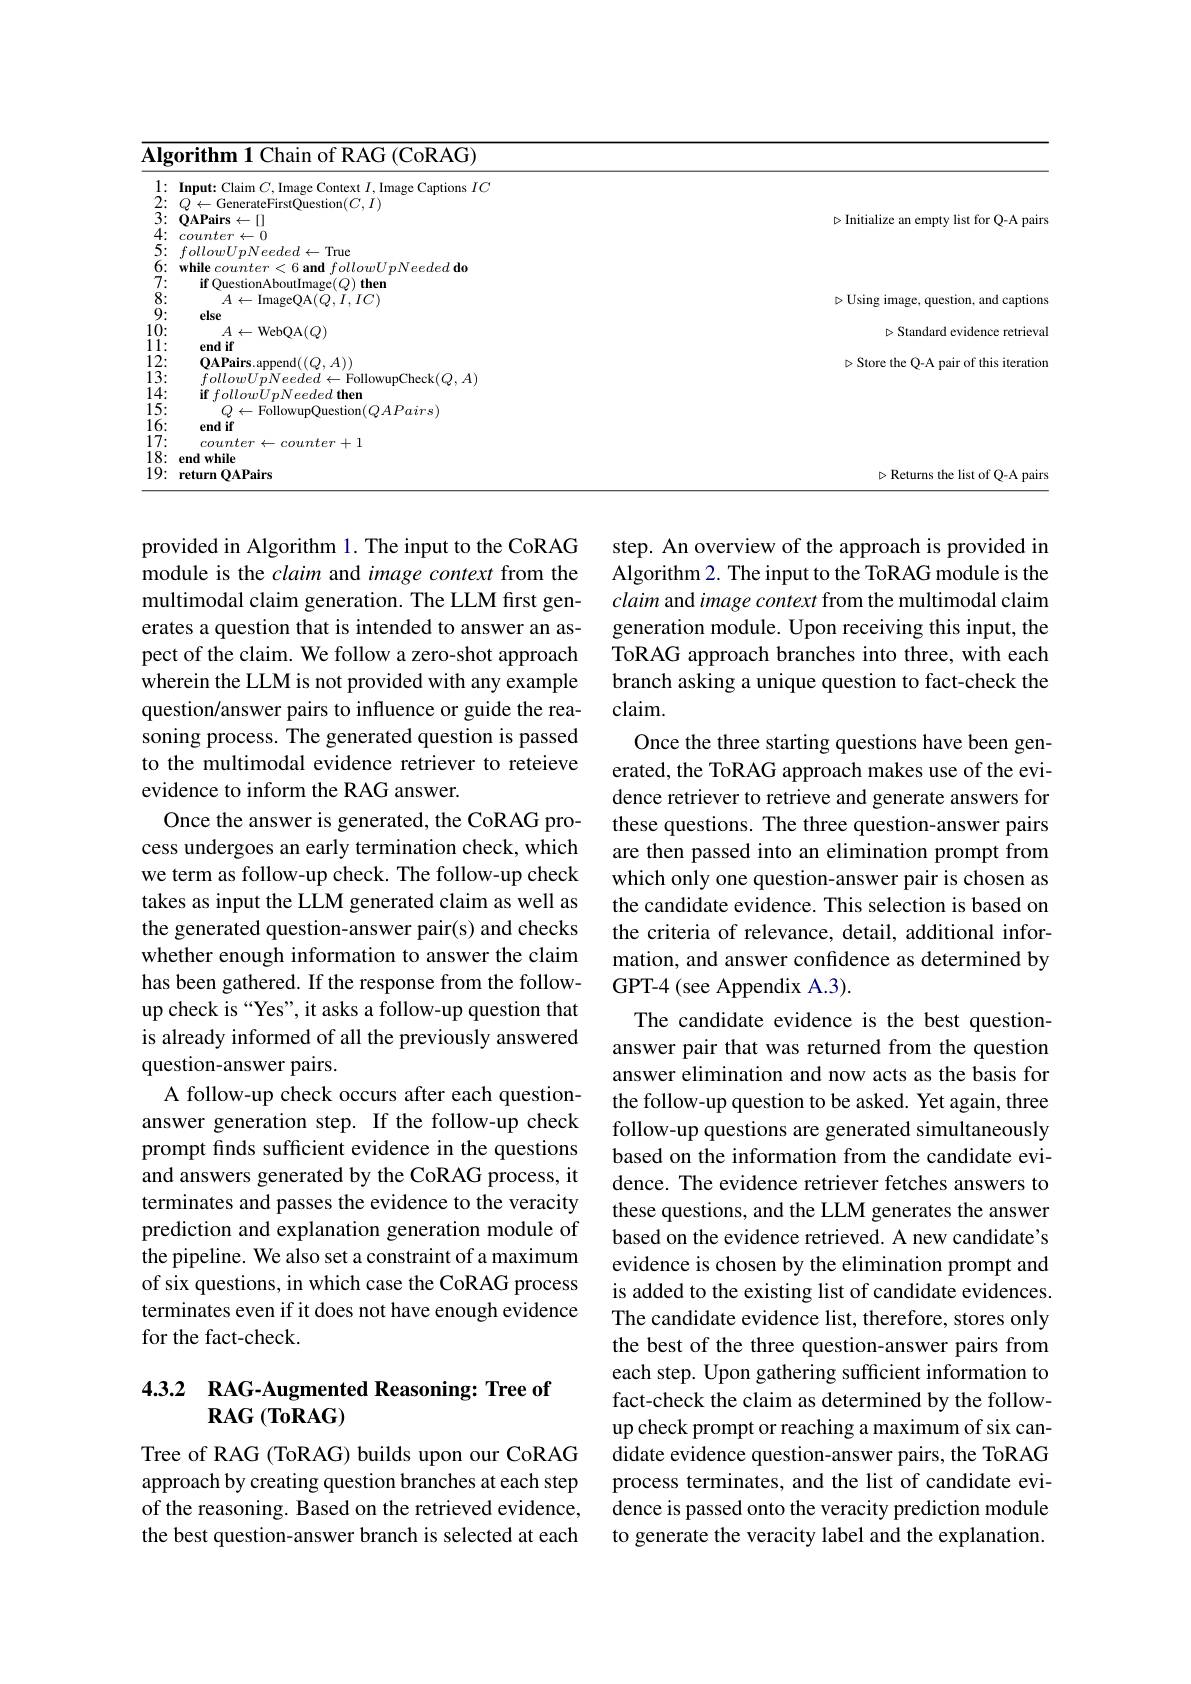
<table>
	<tbody>
		<tr>
			<td>( Tha1t) RAG$\left ( \mathrm{CoRAG}\right )$ gorifhm 21</td>
			<td> </td>
		</tr>
		<tr>
			<td>$counter\leftarrow0$</td>
			<td> </td>
		</tr>
		<tr>
			<td>$followUpNeeded\leftarrow$True</td>
			<td> </td>
		</tr>
		<tr>
			<td>$A\leftarrow$ImageQA$(\bar{Q},\bar{I},IC)$</td>
			<td>DUsing l captions</td>
		</tr>
		<tr>
			<td>endif</td>
			<td>stanuand cviuc</td>
		</tr>
		<tr>
			<td>return OAPairs</td>
			<td>$\triangleright$Returns the list of O-A nalr</td>
		</tr>
	</tbody>
</table>

provided in Algorithm 1. The input to the CoRAG module is the claim and image context from the multimodal claim generation. The LLM first generates a question that is intended to answer an aspect of the claim. We follow a zero-shot approach wherein the LLM is not provided with any example question/answer pairs to influence or guide the reasoning process. The generated question is passed to the multimodal evidence retriever to reteieve evidence to inform the RAG answer.
Once the answer is generated, the CoRAG process undergoes an early termination check, which we term as follow-up check. The follow-up check takes as input the LLM generated claim as well as the generated question-answer pair(s) and checks whether enough information to answer the claim has been gathered. If the response from the followup check is “Yes”, it asks a follow-up question that is already informed of all the previously answered question-answer pairs.
A follow-up check occurs after each questionanswer generation step. If the follow-up check prompt finds sufficient evidence in the questions and answers generated by the CoRAG process, it terminates and passes the evidence to the veracity prediction and explanation generation module of the pipeline. We also set a constraint of a maximum of six questions, in which case the CoRAG process terminates even if it does not have enough evidence for the fact-check.

step. An overview of the approach is provided in Algorithm 2. The input to the ToRAG module is the claim and image context from the multimodal claim generation module. Upon receiving this input, the ToRAG approach branches into three, with each branch asking a unique question to fact-check the claim.
Once the three starting questions have been generated, the ToRAG approach makes use of the evidence retriever to retrieve and generate answers for these questions. The three question-answer pairs are then passed into an elimination prompt from which only one question-answer pair is chosen as the candidate evidence. This selection is based on the criteria of relevance, detail, additional information, and answer confidence as determined by GPT-4 (see Appendix A.3).
The candidate evidence is the best questionanswer pair that was returned from the question answer elimination and now acts as the basis for the follow-up question to be asked. Yet again, three follow-up questions are generated simultaneously based on the information from the candidate evidence. The evidence retriever fetches answers to these questions, and the LLM generates the answer based on the evidence retrieved. A new candidate's evidence is chosen by the elimination prompt and is added to the existing list of candidate evidences. The candidate evidence list, therefore, stores only the best of the three question-answer pairs from each step. Upon gathering sufficient information to fact-check the claim as determined by the followup check prompt or reaching a maximum of six candidate evidence question-answer pairs, the ToRAG process terminates, and the list of candidate evidence is passed onto the veracity prediction module to generate the veracity label and the explanation.

## 4.3.2 RAG-Augmented Reasoning: Tree of $\mathbf{RAG}\left(\mathbf{ToRAG}\right)$

Tree of RAG (ToRAG) builds upon our CoRAG approach by creating question branches at each step of the reasoning. Based on the retrieved evidence, the best question-answer branch is selected at each